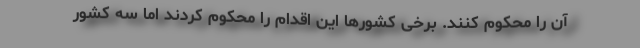
آن را محکوم کنند. برخی کشورها این اقدام را محکوم کردند اما سه کشور